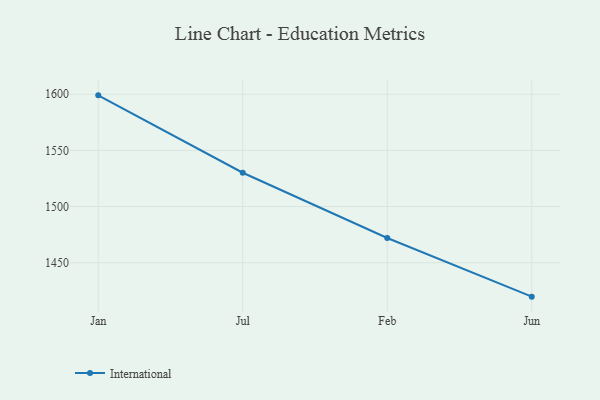
{"axis": {"x": "Month", "y": "Waste Production (Tons)"}, "legend": ["International"], "data": [{"x": "Jan", "y": 1599.0, "type": "International"}, {"x": "Jul", "y": 1530.1, "type": "International"}, {"x": "Feb", "y": 1472.0, "type": "International"}, {"x": "Jun", "y": 1419.8, "type": "International"}]}